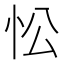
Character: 忪